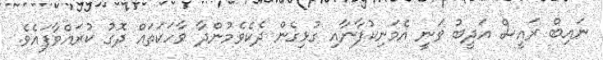
ނައިބް ރައީސް އަދީބު ވަނީ އެމަނިކުފާނާއި ގުޅިގެން ދެކެވެމުންދާ ވާހަކަތައް ދޮގު ކުރައްވާފައެވެ.